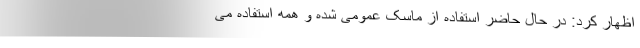
اظهار کرد: در حال حاضر استفاده از ماسک عمومی شده و همه استفاده می